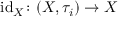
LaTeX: \operatorname { i d } _ { X } \colon ( X , \tau _ { i } ) \to X